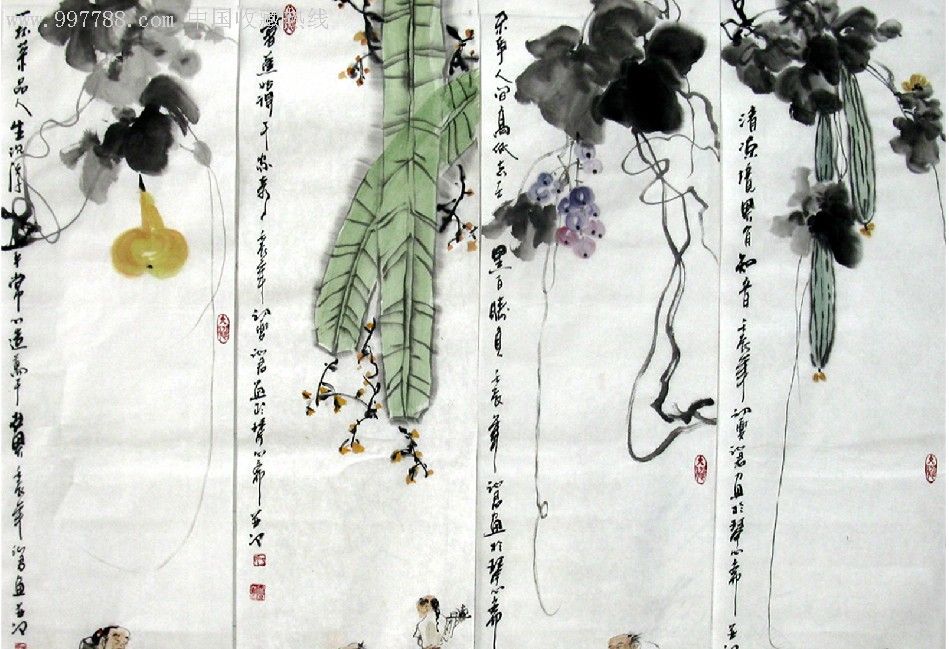
主闇于上，臣诈于下，灭亡无日